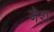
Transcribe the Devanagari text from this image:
जेश